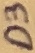
Text: D3